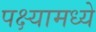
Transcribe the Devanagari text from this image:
पक्ष्यामध्ये